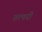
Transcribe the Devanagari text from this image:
तत्पदी